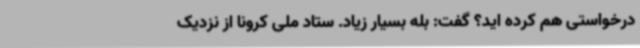
درخواستی هم کرده اید؟ گفت: بله بسیار زیاد. ستاد ملی کرونا از نزدیک